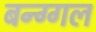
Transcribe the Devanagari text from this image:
बन्ग्गल